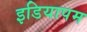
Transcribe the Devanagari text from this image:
इडियापम